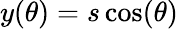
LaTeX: y(\theta)=s\cos(\theta)